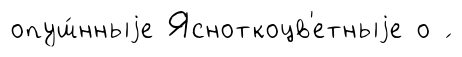
опуш́нныjе Ясноткоцв'етныjе о ́